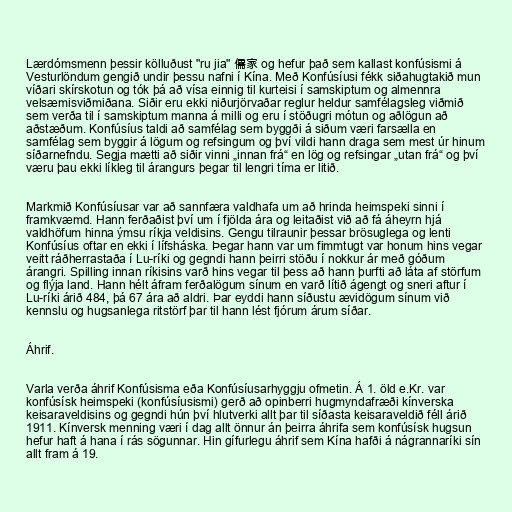
Lærdómsmenn þessir kölluðust "ru jia" 儒家 og hefur það sem kallast konfúsismi á
Vesturlöndum gengið undir þessu nafni í Kína. Með Konfúsíusi fékk siðahugtakið mun
víðari skírskotun og tók þá að vísa einnig til kurteisi í samskiptum og almennra
velsæmisviðmiðana. Siðir eru ekki niðurjörvaðar reglur heldur samfélagsleg viðmið
sem verða til í samskiptum manna á milli og eru í stöðugri mótun og aðlögun að
aðstæðum. Konfúsíus taldi að samfélag sem byggði á siðum væri farsælla en
samfélag sem byggir á lögum og refsingum og því vildi hann draga sem mest úr hinum
síðarnefndu. Segja mætti að siðir vinni „innan frá“ en lög og refsingar „utan frá“ og því
væru þau ekki líkleg til árangurs þegar til lengri tíma er litið.

Markmið Konfúsíusar var að sannfæra valdhafa um að hrinda heimspeki sinni í
framkvæmd. Hann ferðaðist því um í fjölda ára og leitaðist við að fá áheyrn hjá
valdhöfum hinna ýmsu ríkja veldisins. Gengu tilraunir þessar brösuglega og lenti
Konfúsíus oftar en ekki í lífsháska. Þegar hann var um fimmtugt var honum hins vegar
veitt ráðherrastaða í Lu-ríki og gegndi hann þeirri stöðu í nokkur ár með góðum
árangri. Spilling innan ríkisins varð hins vegar til þess að hann þurfti að láta af störfum
og flýja land. Hann hélt áfram ferðalögum sínum en varð lítið ágengt og sneri aftur í
Lu-ríki árið 484, þá 67 ára að aldri. Þar eyddi hann síðustu ævidögum sínum við
kennslu og hugsanlega ritstörf þar til hann lést fjórum árum síðar.

Áhrif.

Varla verða áhrif Konfúsisma eða Konfúsíusarhyggju ofmetin. Á 1. öld e.Kr. var
konfúsísk heimspeki (konfúsíusismi) gerð að opinberri hugmyndafræði kínverska
keisaraveldisins og gegndi hún því hlutverki allt þar til síðasta keisaraveldið féll árið
1911. Kínversk menning væri í dag allt önnur án þeirra áhrifa sem konfúsísk hugsun
hefur haft á hana í rás sögunnar. Hin gífurlegu áhrif sem Kína hafði á nágrannaríki sín
allt fram á 19.